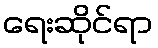
ရေးဆိုင်ရာ